Report on the administration of the Government Cinchona Department 1892-98
Year: 1892
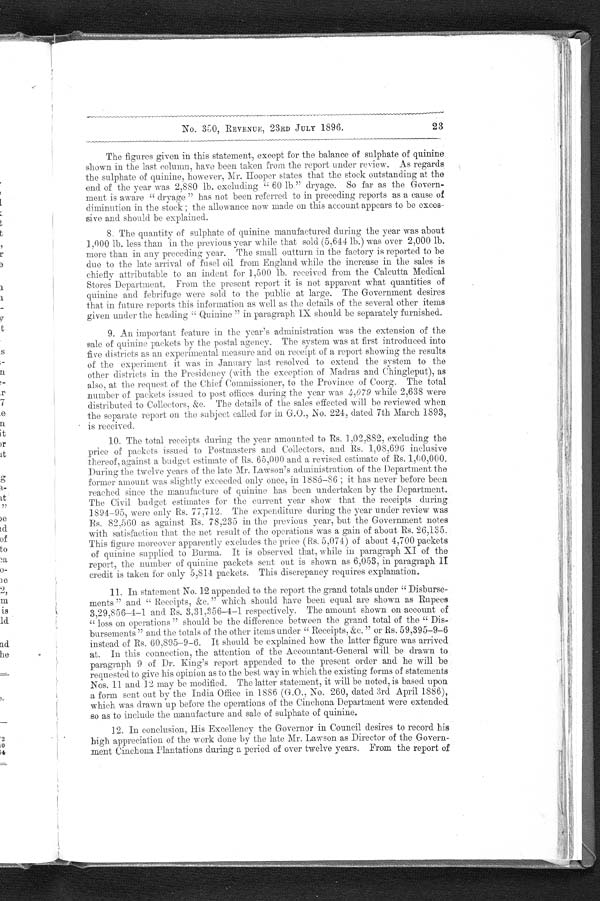
No.350,
REVENUE, 23RD JULY 1896. 23
The figures given in this statement, except for the balance of sulphate of quinine
shown in the last column, have been taken from the report under review. As regards
the sulphate of quinine, however, Mr. Hooper states that the stock outstanding at the
end of the year was 2,880 lb. excluding " 60 lb." dryage. So far as the Govern-
ment is aware " dryage " has not been referred to in preceding reports as a cause of
diminution in the stock ; the allowance now made on this account appears to be exces-
sive and should be explained.
8. The quantity of sulphate of quinine manufactured during the year was about
1,000 lb. less than in the previous year while that sold (5,644 lb.) was over 2,000 lb.
more than in any preceding year. The small outturn in the factory is reported to be
due to the late arrival of fusel oil from England while the increase in the sales is
chiefly attributable to an indent for 1,500 lb. received from the Calcutta Medical
Stores Department. From the present report it is not apparent what quantities of
quinine and febrifuge were sold to the public at large. The Government desires
that in future reports this information as well as the details of the several other items
gi ven under t he headi ng ' ' Qui ni ne " i n paragraph IX shoul d be separat el y furni shed.
9. An important feature in the year's administration was the extension of the
sale of quinine packets by the postal agency. The system was at first introduced into
five districts as an experimental measure and on receipt of a report showing the results
of the experiment it was in January last resolved to extend the system to the
other districts in the Presidency (with the exception of Madras and Chingleput), as
also, at the request of the Chief Commissioner, to the Province of Coorg. The total
number of packets issued to post offices during the year was 4,079 while 2,638 were
di st ri but ed t o Col l ect ors, &amp; c. The det ai l s of t he sal es effect ed wi l l be revi ewed when
the separate report on the subject called for in G.O., No. 224, dated 7th March 1893,
is received.
10. The total receipts during the year amounted to Rs. 1,02,882, excluding the
price of packets issued to Postmasters and Collectors, and Rs. 1,08,696 inclusive
thereof, against a budget estimate of Rs. 65,000 and a revised estimate of Rs. 1,00,000.
During the twelve years of the late Mr. Lawson's administration of the Department the
former amount was slightly exceeded only once, in 1885-86 ; it has never before been.
reached since the manufacture of quinine has been undertaken by the Department.
The Civil budget estimates for the current year show that the receipts during
1.894-95, were only Rs. 77,712. The expenditure during the year under review was
Rs. 82,560 as against Rs. 78,235 in the previous year, but the Government notes
with satisfaction that the net result of the operations was a gain of about Rs. 26,135.
This figure moreover apparently excludes the price (Rs. 5,074) of about 4,700 packets
of quinine supplied to Burma. It is observed that, while in paragraph XI of the
report, the number of quinine packets sent out is shown as 6,053, in paragraph
II credit is taken for only 5,814 packets. This discrepancy requires explanation.
11. In statement No. 12 appended. to the report the grand totals under " Disburse-
ment s " and " Recei pt s, &amp; c. " whi ch shoul d have been equal are shown as Rupees
3,29,856-4-1 and Rs. 3,31,356-4-1 respectively. The amount shown on account of
" loss on operations " should be the difference between the grand total of the " Dis
bursements " and the totals of the other items under " Receipts, &amp;c. " or Rs. 59,395-9-6
instead of Rs. 60,895-9-6. It should be explained how the latter figure was arrived
at. In this connection, the attention of the Accountant-General will be drawn to
paragraph 9 of Dr. King's report appended to the present order and he will be
requested to give his opinion as to the best way in which the existing forms of statements
Nos. 11 and 12 may be modified. The latter statement, it will be noted, is based upon
a form sent out by the India Office in 1886 (G.O., No. 260, dated 3rd April 1886),
which was drawn up before the operations of the Cinchona Department were extended
so as to include the manufacture and sale of sulphate of quinine.
12. In conclusion, His Excellency the Governor in Council desires to record his
high. appreciation of the work done by the late Mr. Lawson as Director of the Govern
ment Cinchona Plantations during a period of over twelve years. From the report of